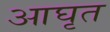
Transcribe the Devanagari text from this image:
आघृत